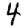
Digit: 4